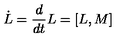
\dot { L } = { \frac { d } { d t } } L = [ L , M ]